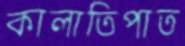
কালাতিপাত